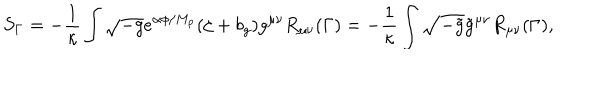
LaTeX: S _ { \Gamma } = - \frac { 1 } { \kappa } \int \sqrt { - g } e ^ { \alpha \phi / M _ { p } } ( \zeta + b _ { g } ) g ^ { \mu \nu } R _ { \mu \nu } ( \Gamma ) = - \frac { 1 } { \kappa } \int \sqrt { - \tilde { g } } \tilde { g } ^ { \mu \nu } R _ { \mu \nu } ( \Gamma ) ,